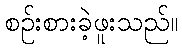
စဉ်းစားခဲ့ဖူးသည်။